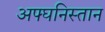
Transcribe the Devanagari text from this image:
अफ्घनिस्तान